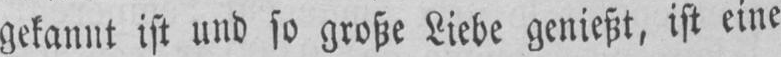
gckannt ist und so grohe Liebe genieht, ist eine